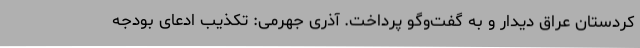
کردستان عراق دیدار و به گفت‌وگو پرداخت. آذری جهرمی: تکذیب ادعای بودجه